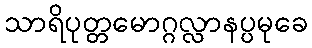
သာရိပုတ္တမောဂ္ဂလ္လာနပ္ပမုခေ